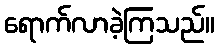
ရောက်လာခဲ့ကြသည်။